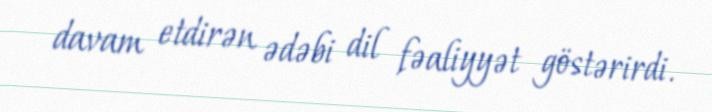
davam etdirən ədəbi dil fəaliyyət göstərirdi.